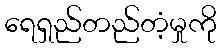
ရေရှည်တည်တံ့မှုကို